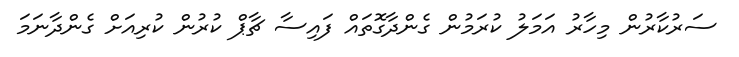
ސަރުކާރުން މިހާރު އަމަލު ކުރަމުން ގެންދާގޮތައް ފައިސާ ޗާޕް ކުރުން ކުރިއަށް ގެންދާނަމަ